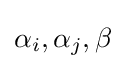
\alpha _{i},\alpha _{j},\beta